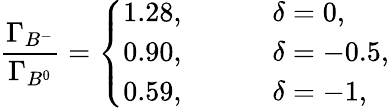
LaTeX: {\frac{\Gamma_{B^{-}}}{\Gamma_{B^{0}}}}=\left\{ \begin{array}{ll}{{1.28,\; \; \; \; \; \; \; \; }}&{{\delta=0,}}\\ {{0.90,\; \; \; \; \; \; \; \; }}&{{\delta=-0.5,}}\\ {{0.59,}}&{{\delta=-1,}}\end{array}\right.